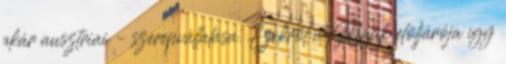
akár ausztriai – szerepvállalása. Ezekről a Macik elöljárója így